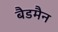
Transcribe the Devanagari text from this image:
बैडमैन